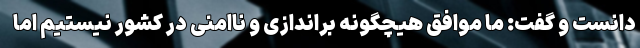
دانست و گفت: ما موافق هیچگونه براندازی و ناامنی در کشور نیستیم اما